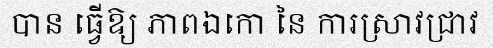
បាន ធ្វើឱ្យ ភាពឯកោ នៃ ការស្រាវជ្រាវ